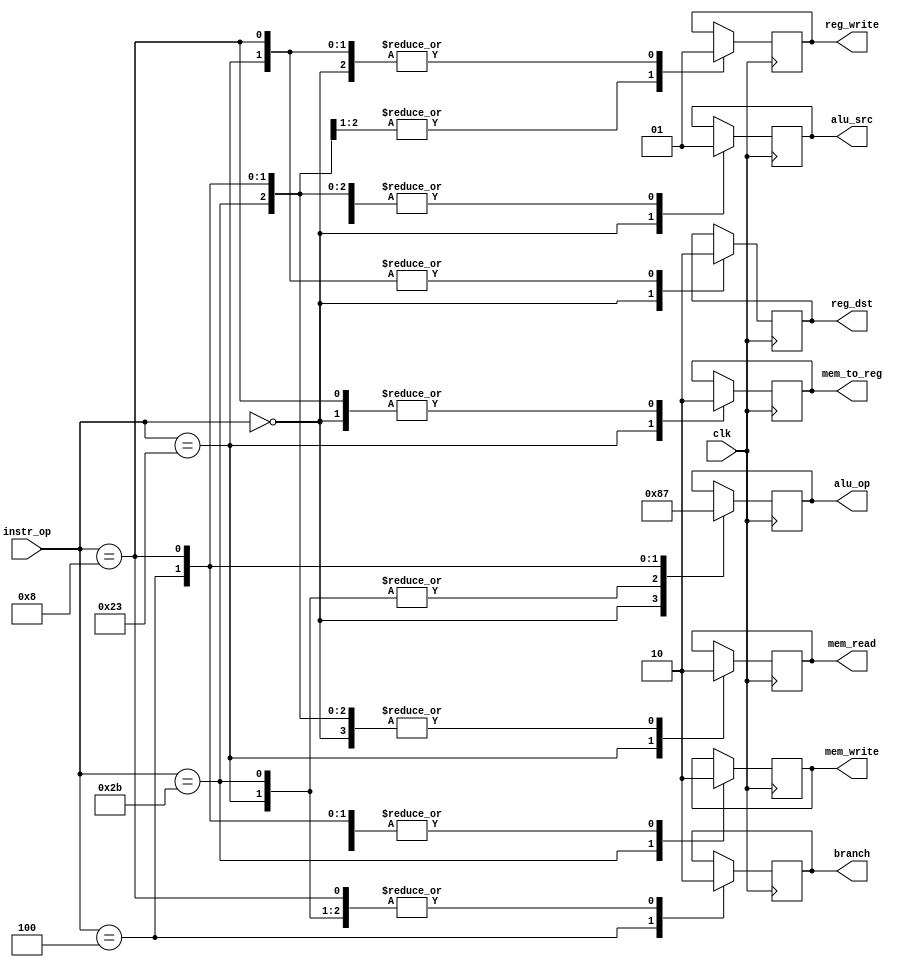
`timescale 1ns / 1ps
//////////////////////////////////////////////////////////////////////////////////
// Company: 
// Engineer: 
// 
// Design Name: 
// Module Name:    control 
// Project Name: 
// Target Devices: 
// Tool versions: 
// Description: 
//
// Dependencies: 
//
// Revision: 
// Revision 0.01 - File Created
// Additional Comments: 
//
//////////////////////////////////////////////////////////////////////////////////
module control_unit  (
	input wire clk,
   input wire [5:0]  instr_op , 
   output reg reg_dst,   
	output reg  alu_src,  
	output reg  mem_to_reg,
	output reg  reg_write, 
   output reg  mem_read,  
	output reg  mem_write, 
	output reg  branch, 
   output reg [1:0]  alu_op);

	always @(posedge clk)begin
		case(instr_op)
		
			6'b000000:begin
				reg_dst 	  = 1'b1;
				alu_src	  = 1'b0;
				mem_to_reg = 1'b0;
				reg_write  = 1'b1;
				mem_read   = 1'b0;
				mem_write  = 1'b0;
				branch     = 1'b0;
				alu_op 	  = 2'b10;
			end
			
			6'b100011:begin
				reg_dst 	  = 1'b0;
				alu_src	  = 1'b1;
				mem_to_reg = 1'b1;
				reg_write  = 1'b1;
				mem_read   = 1'b1;
				mem_write  = 1'b0;
				branch     = 1'b0;
				alu_op 	  = 2'b00;
			end
			
			6'b101011:begin
				alu_src	  = 1'b1;
				reg_write  = 1'b0;
				mem_read   = 1'b0;
				mem_write  = 1'b1;
				branch     = 1'b0;
				alu_op 	  = 2'b00;
			end
			
			6'b000100:begin
				alu_src	  = 1'b1;
				reg_write  = 1'b0;
				mem_read   = 1'b0;
				mem_write  = 1'b0;
				branch     = 1'b1;
				alu_op 	  = 2'b01;
			end
			
			6'b001000:begin
				reg_dst 	  = 1'b0;
				alu_src	  = 1'b1;
				mem_to_reg = 1'b0;
				reg_write  = 1'b1;
				mem_read   = 1'b0;
				mem_write  = 1'b0;
				branch     = 1'b0;
				alu_op 	  = 2'b11;
			end

		endcase
	end
endmodule